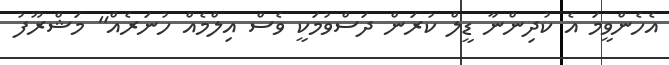
އެހެންވީމަ އެ ކުދިންނާ ޑީލް ކުރަން ދަސްވުމަކީ ވެސް އިލްމެއް ހުނަރެއް" މަޝްރޫފު